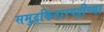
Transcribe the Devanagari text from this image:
समुद्रकिनारपट्टीच्या